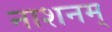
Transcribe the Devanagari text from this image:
नाशनम्‌